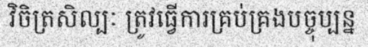
វិចិត្រសិល្បៈ ត្រូវធ្វើការគ្រប់គ្រងបច្ចុប្បន្ន